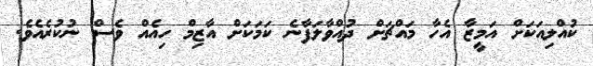
ކުއްލިއަކަށް އަމީޒާ އެހާ މައްޗަށް ދުއްވާލަފާނެ ކަމަކަށް އާޒިމް ހިއެއް ވެސް ނުކުރެއެވެ.